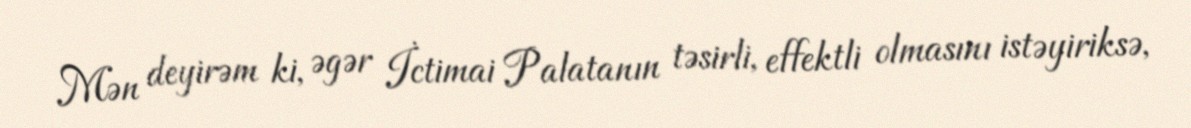
Mən deyirəm ki, əgər İctimai Palatanın təsirli, effektli olmasını istəyiriksə,